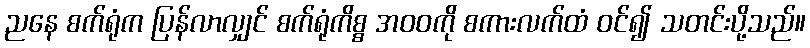
ညနေ စက်ရုံက ပြန်လာလျှင် စက်ရုံကိစ္စ အဝဝကို စကားလက်ထံ ဝင်၍ သတင်းပို့သည်။